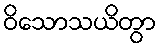
ဝိသောသယိတွာ